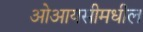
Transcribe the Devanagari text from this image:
ओआयसीमधील